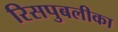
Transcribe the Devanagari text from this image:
रिसपुबलीका